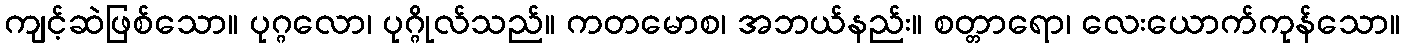
ကျင့်ဆဲဖြစ်သော။ ပုဂ္ဂလော၊ ပုဂ္ဂိုလ်သည်။ ကတမောစ၊ အဘယ်နည်း။ စတ္တာရော၊ လေးယောက်ကုန်သော။